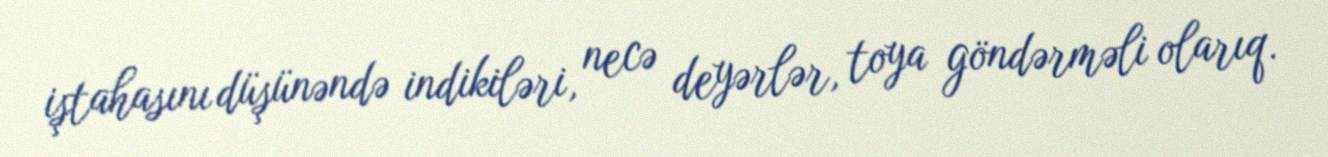
iştahasını düşünəndə indikiləri, necə deyərlər, toya göndərməli olarıq.